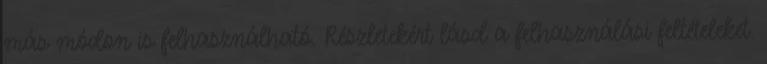
más módon is felhasználható. Részletekért lásd a felhasználási feltételeket.